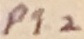
Text: P1.2